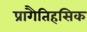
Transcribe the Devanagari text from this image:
प्रागैतिहसिक